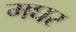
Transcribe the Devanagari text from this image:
मघर